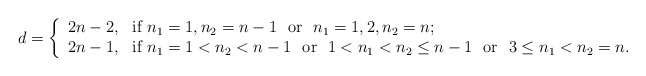
\begin{align*}d=\left\{ \begin{array}{ll} 2n-2, & \hbox{if $n_1=1, n_2=n-1$ ~or~ $n_1=1,2,n_2=n$;}\\ 2n-1, & \hbox{if $n_1=1<n_2<n-1$ ~or~ $1<n_1<n_2\leq n-1$ ~or~ $3\leq n_1<n_2=n$.} \end{array} \right.\end{align*}